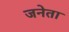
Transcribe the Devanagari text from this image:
जनेता